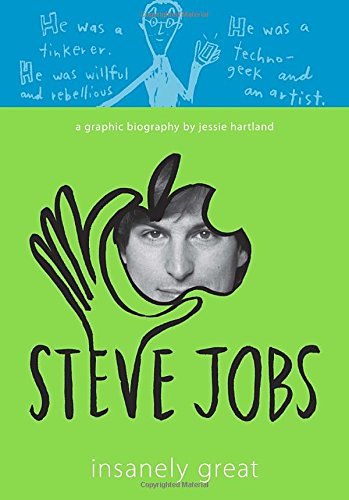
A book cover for Steve Jobs: Insanely Great; Jessie Hartland; Comics & Graphic Novels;